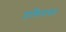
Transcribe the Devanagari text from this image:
हाकिमयत